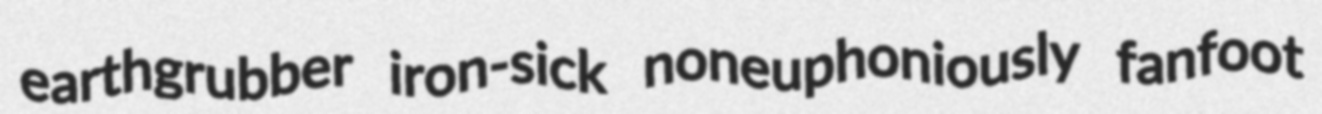
earthgrubber iron-sick noneuphoniously fanfoot